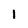
Character: 1